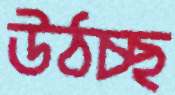
উঠচ্ছ